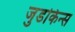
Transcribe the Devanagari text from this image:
जुडकिन्स